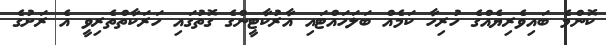
ކޮންމެ ބައިވެރިޔެއްގެ ހުރިހާ ކަމެއް ބަލަހައްޓައި އާރުކާޓީންގެ ގޮތުގައި ހަރަކާތްތެރިވީ އެ ރަށުގެ